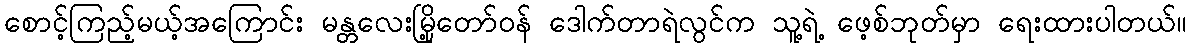
စောင့်ကြည့်မယ့်အကြောင်း မန္တလေးမြို့တော်ဝန် ဒေါက်တာရဲလွင်က သူ့ရဲ့ ဖေ့စ်ဘုတ်မှာ ရေးထားပါတယ်။